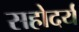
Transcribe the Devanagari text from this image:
सहोदर्य